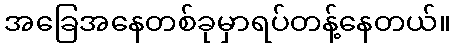
အခြေအနေတစ်ခုမှာရပ်တန့်နေတယ်။